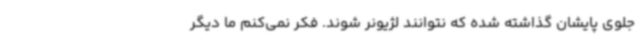
جلوی پایشان گذاشته شده که نتوانند لژیونر شوند. فکر نمی‌کنم ما دیگر